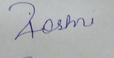
Signature authenticity: forged